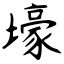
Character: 壕